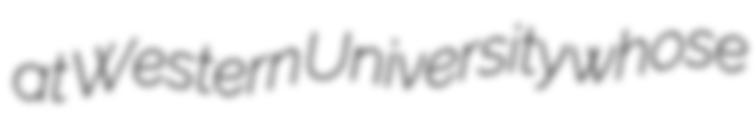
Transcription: at Western University whose